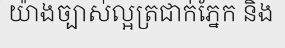
យ៉ាងច្បាស់ល្អត្រជាក់ភ្នែក និង